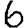
Digit: 6